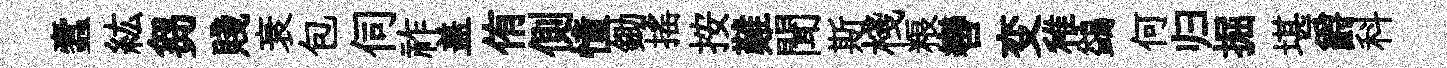
蠧紘芻賤衰包伺祚盖侑側憧鋤揺按難聞斯棧粮轡变稚鷁何归掘堪爵科